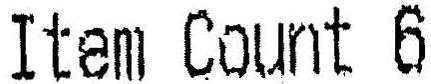
ITEM COUNT 6